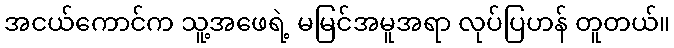
အငယ်ကောင်က သူ့အဖေရဲ့ မမြင်အမူအရာ လုပ်ပြဟန် တူတယ်။